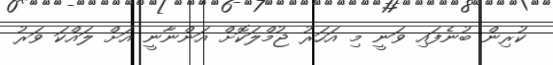
ކުރިން ބުނެފައި ވަނީ މި އަހަރު ޖުމްލަކޮށް އަންނާނީ އަށް ލައްކަ ވަރު